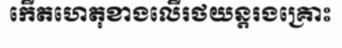
កើតហេតុខាងលើរថយន្តរងគ្រោះ